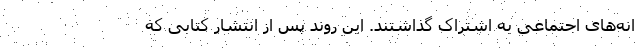
انه‌های اجتماعی به اشتراک گذاشتند. این روند پس از انتشار کتابی که